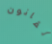
لقانون